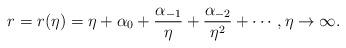
LaTeX: \begin{align*}r = r(\eta) = \eta + \alpha_{0} + \frac{\alpha_{-1}}{\eta} + \frac{\alpha_{-2}}{\eta^{2}} + \cdots, \eta \to \infty.\end{align*}